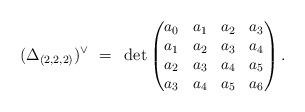
LaTeX: \begin{align*} (\Delta_{(2,2,2)})^\vee \,\, = \,\,\, \begin{small}{\rm det} \begin{pmatrix} a_0 & a_1 & a_2 & a_3 \\a_1 & a_2 & a_3 & a_4 \\a_2 & a_3 & a_4 & a_5 \\a_3 & a_4 & a_5 & a_6 \end{pmatrix}.\end{small}\end{align*}